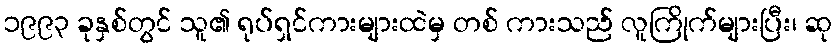
၁၉၉၃ ခုနှစ်တွင် သူ၏ ရုပ်ရှင်ကားများထဲမှ တစ် ကားသည် လူကြိုက်များပြီး၊ ဆု